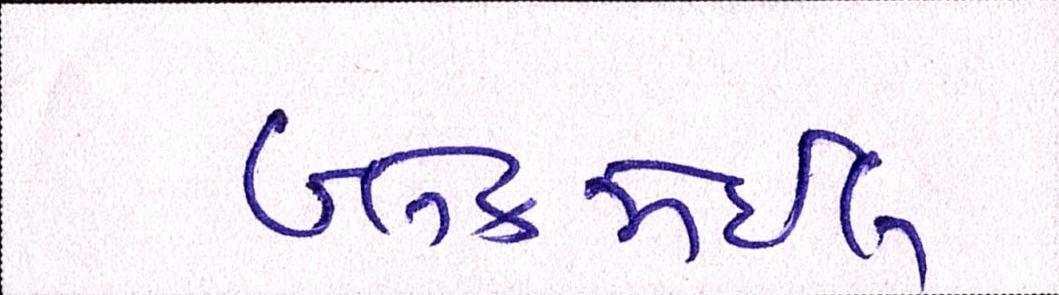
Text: બ્લેકમેઈલ